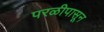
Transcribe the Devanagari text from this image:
परळीपासून